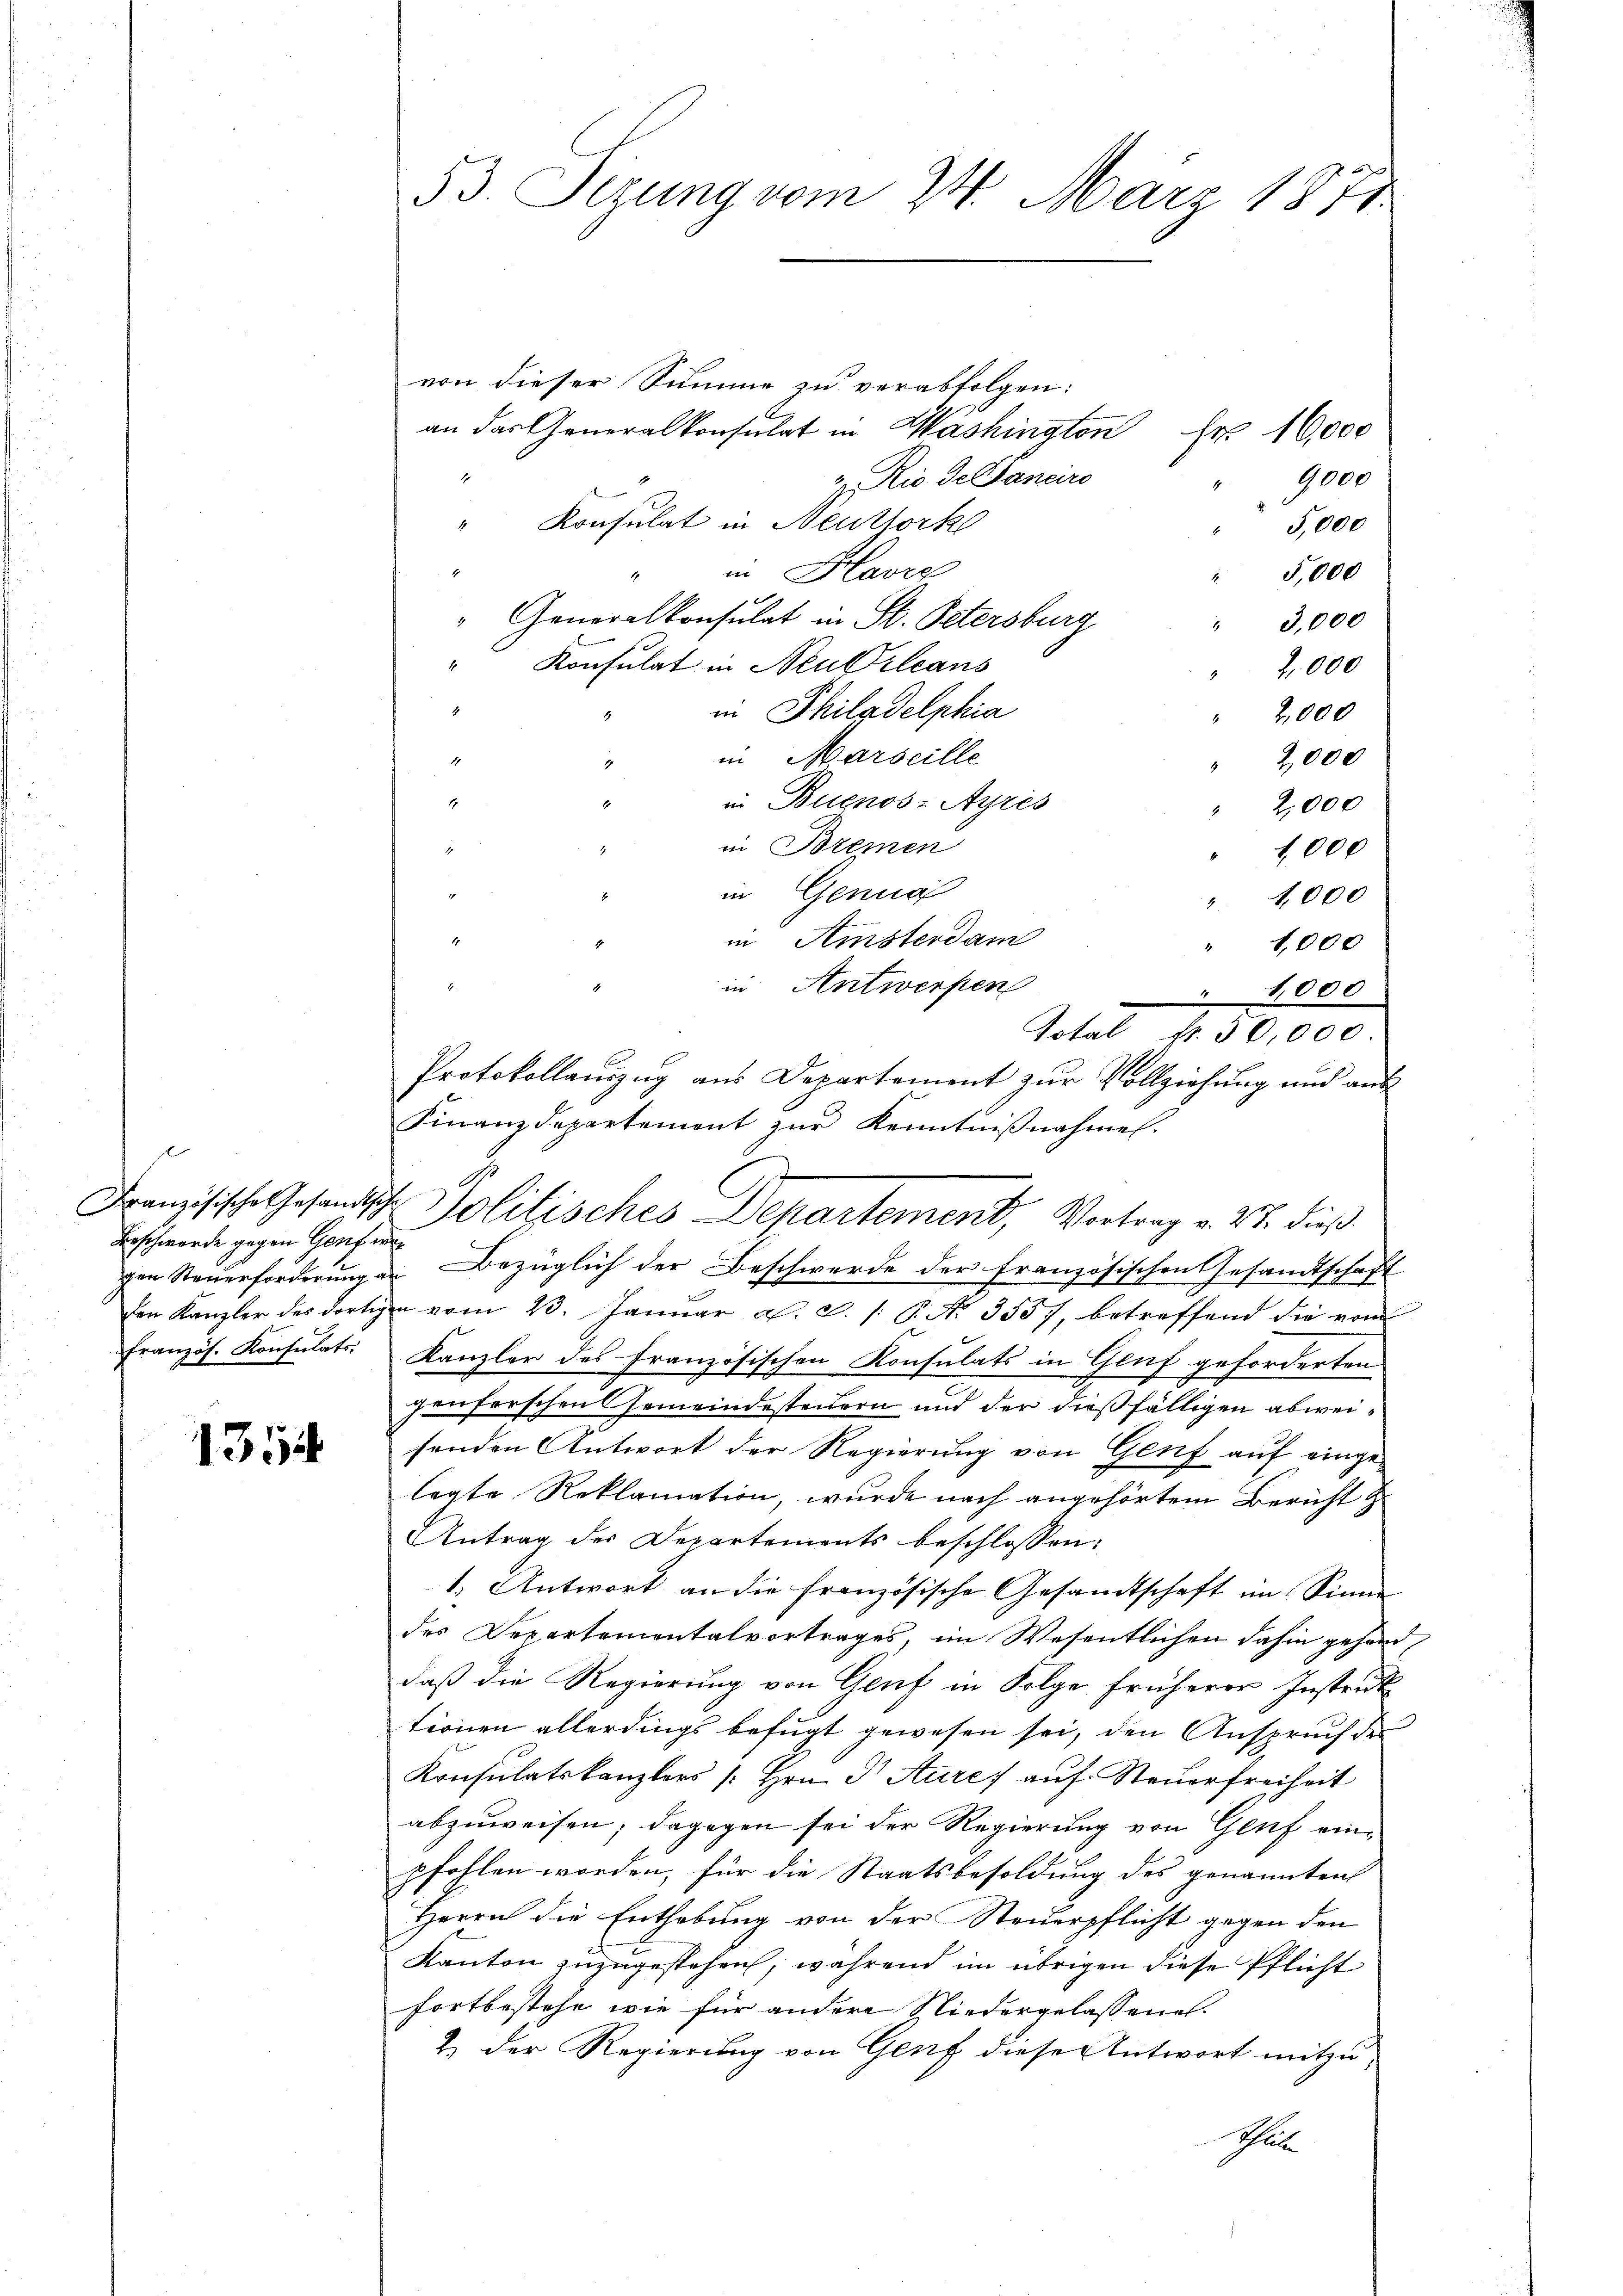
Beschwerde gegen Genf in
französ. Konsulats.

1354

53. Sizung vom 24. März 1878

von dieser Summe zu verabfolgen:
an das Generalkonsulat in Washington Fr. 10,000
t
v. io. de Danciro
9000
" Konsulat in Neuttork
S.000
in Havre
1
5,000
" Generalkonsulat in St. Petersburg
" 3,000
Konsulat in Neubileans
" 2000
in Philadelphia
2,000
in Marseille
2,000
1.
in Buenos-Ayres
1
2,000
in Bremen
d
1,000
in Genua
2
" 4,000
4
in Amsterdam
1,000
in Antwerfen
Protokollauszug aus Departement zur Vollziehung und aus
Finanzdepartement zŭr Kenntniβnahme.
o
gen Steŭerforderung an Bezüglich der Beschwerde der französischen Gesandtschaft
den Kanzler des dortigen vom 23. Janŭar a. c. /: P. Nr. 3357, betreffend die vom
Kanzler des französischen Konsulats in Genf geforderten
genferschen Gemeindesteuern und der dießfälligen abweisenden Antwort der Regierung von Genf auf eingelegte Reklamation, wurde nach angehörtem Bericht z
Antrag der Departements beschlossen:
1.) Antwort an die französische Gesamtschaft im Sinne
des Departementalvertrages, im Wesentlichen dahin gehörd
daß die Regierung von Genf in Folge früherer Instruk
tionen allerdings befugt gewesen sei, den Anspruch des
Konsulatskanzlers /: Hrn. P Aure) auf Steŭerfreiheit
abzuweisen; dagegen sei der Regierung von Genf einpfohlen worden, für die Staatsbesoldung des genannten
Herrn die Enthebung von der Steuerpflicht gegen den
Kanton zuzugestehen, während im übrigen diese Pflicht
fortbestehe, wie für andere Niedergelassenes.
& der Regierung von Genf dieser Antwort mitzusohlen

Französische Gesandtsch Solitisches Departement, Vortrag v. 27. dieß

4,000
Total fr. 50,000.